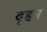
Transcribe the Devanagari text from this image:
दूहन